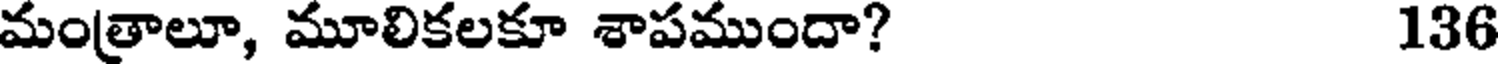
మంత్రాలూ, మూలికలకూ శాపముందా? 136